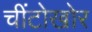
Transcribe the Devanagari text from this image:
चींटोखोर